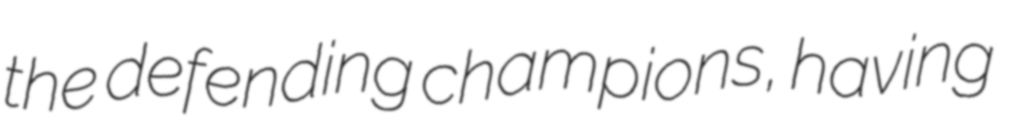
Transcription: the defending champions, having